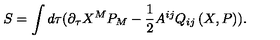
S = \int d \tau ( \partial _ { \tau } X ^ { M } P _ { M } - \frac { 1 } { 2 } A ^ { i j } Q _ { i j } \left( X , P \right) ) .